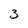
Character: 3